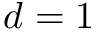
d = 1